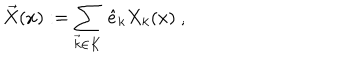
LaTeX: \vec { X } ( x ) : = \sum _ { \vec { k } \in K } \, \hat { e } _ { k } X _ { k } ( x ) \; , \hspace { 1 c m }